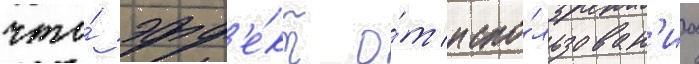
что́ эфф'е́кт о́т испо́льзован'иа